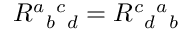
R ^ { a } { } _ { b } { } ^ { c } { } _ { d } = R ^ { c } { } _ { d } { } ^ { a } { } _ { b }